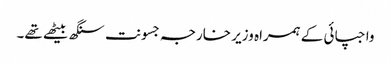
واجپائی کے ہمراہ وزیر خارجہ جسونت سنگھ بیٹھے تھے۔